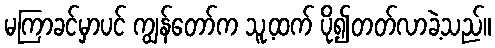
မကြာခင်မှာပင် ကျွန်တော်က သူ့ထက် ပို၍တတ်လာခဲ့သည်။